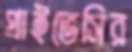
প্রাইভেসির